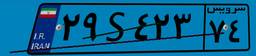
۸۲S۳۴۱۷۰